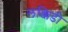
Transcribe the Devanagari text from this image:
लक्किडी